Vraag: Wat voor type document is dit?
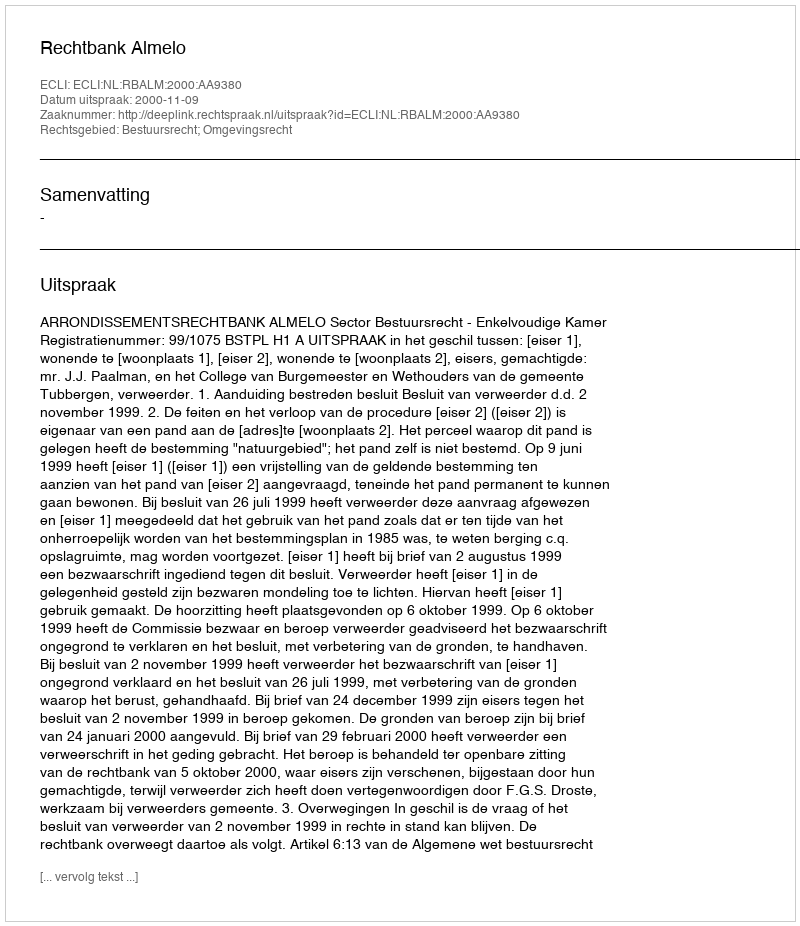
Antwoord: Uitspraak